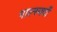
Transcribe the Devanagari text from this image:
गाल्स्वर्दी